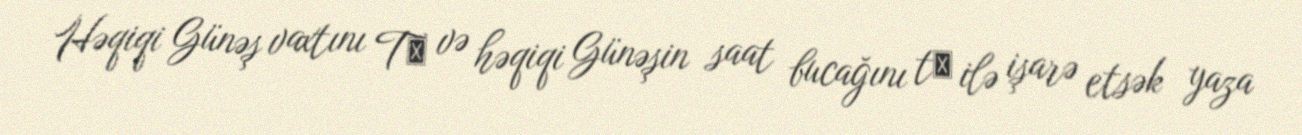
Həqiqi Günəş vaxtını Tʘ və həqiqi Günəşin saat bucağını tʘ ilə işarə etsək yaza